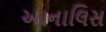
આનાલિસ